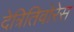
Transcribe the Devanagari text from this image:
देत्रितिवोरेस